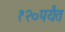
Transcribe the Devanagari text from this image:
१२०पर्यंत